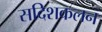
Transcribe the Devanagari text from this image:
सदिशकलन